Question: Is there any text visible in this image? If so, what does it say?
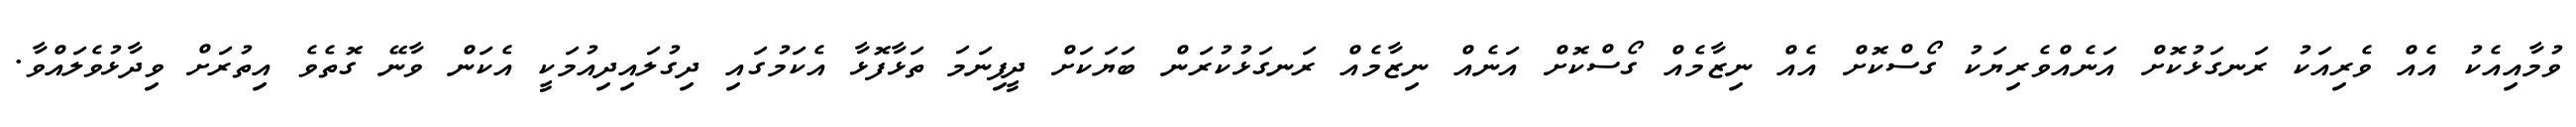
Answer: ވުމާއިއެކު އެއް ވެރިއަކު ރަނގަޅުކޮށް އަނެއްވެރިޔަކު ގޯސްކޮށް އެއް ނިޒާމެއް ގޯސްކޮށް އަނެއް ނިޒާމެއް ރަނގަޅުކުރަން ބަޔަކަށް ދީފިނަމަ ތަޅާފޮޅާ އެކަމުގައި ދިގުލައިދިއުމަކީ އެކަން ވާނޭ ގޮތެވެ އިތުރަށް ވިދާޅުވެލައްވާ.